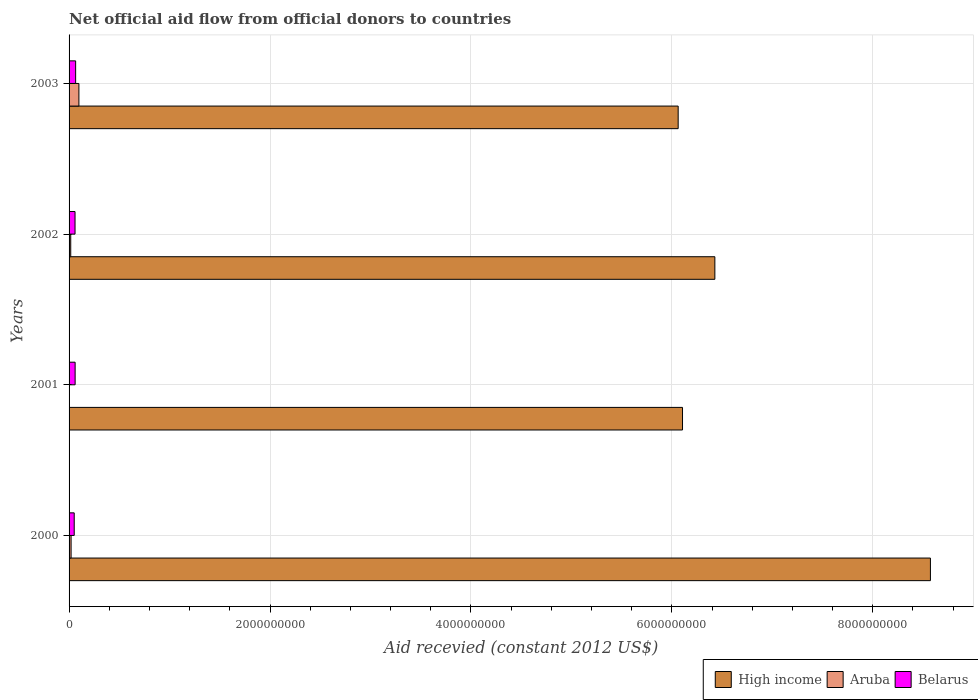
| Years | High income | Aruba | Belarus |
 | --- | --- | --- | --- |
 | 2000 | 8.57e+09 | 2.01e+07 | 5.12e+07 |
 | 2001 | 6.11e+09 | -2.92e+06 | 6.03e+07 |
 | 2002 | 6.43e+09 | 1.65e+07 | 5.93e+07 |
 | 2003 | 6.06e+09 | 9.79e+07 | 6.53e+07 |